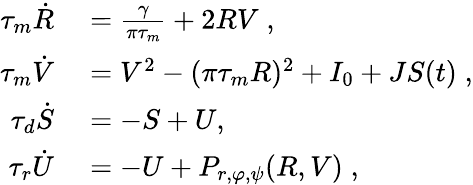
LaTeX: \begin{array}{rl}{\tau_{m}\dot{R}}&{{}=\frac{\gamma}{\pi\tau_{m}}+2RV\; ,}\\ {\tau_{m}\dot{V}}&{{}=V^{2}-(\pi\tau_{m}R)^{2}+I_{0}+JS(t)\; ,}\\ {\tau_{d}\dot{S}}&{{}=-S+U,\; }\\ {\tau_{r}\dot{U}}&{{}=-U+P_{r,\varphi,\psi}(R,V)\; ,}\end{array}